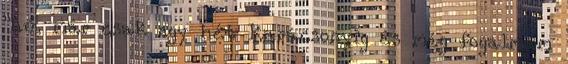
"hű, már csak egy hét Karácsonyig és még fogalmam